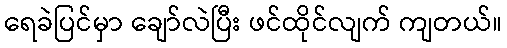
ရေခဲပြင်မှာ ချော်လဲပြီး ဖင်ထိုင်လျက် ကျတယ်။